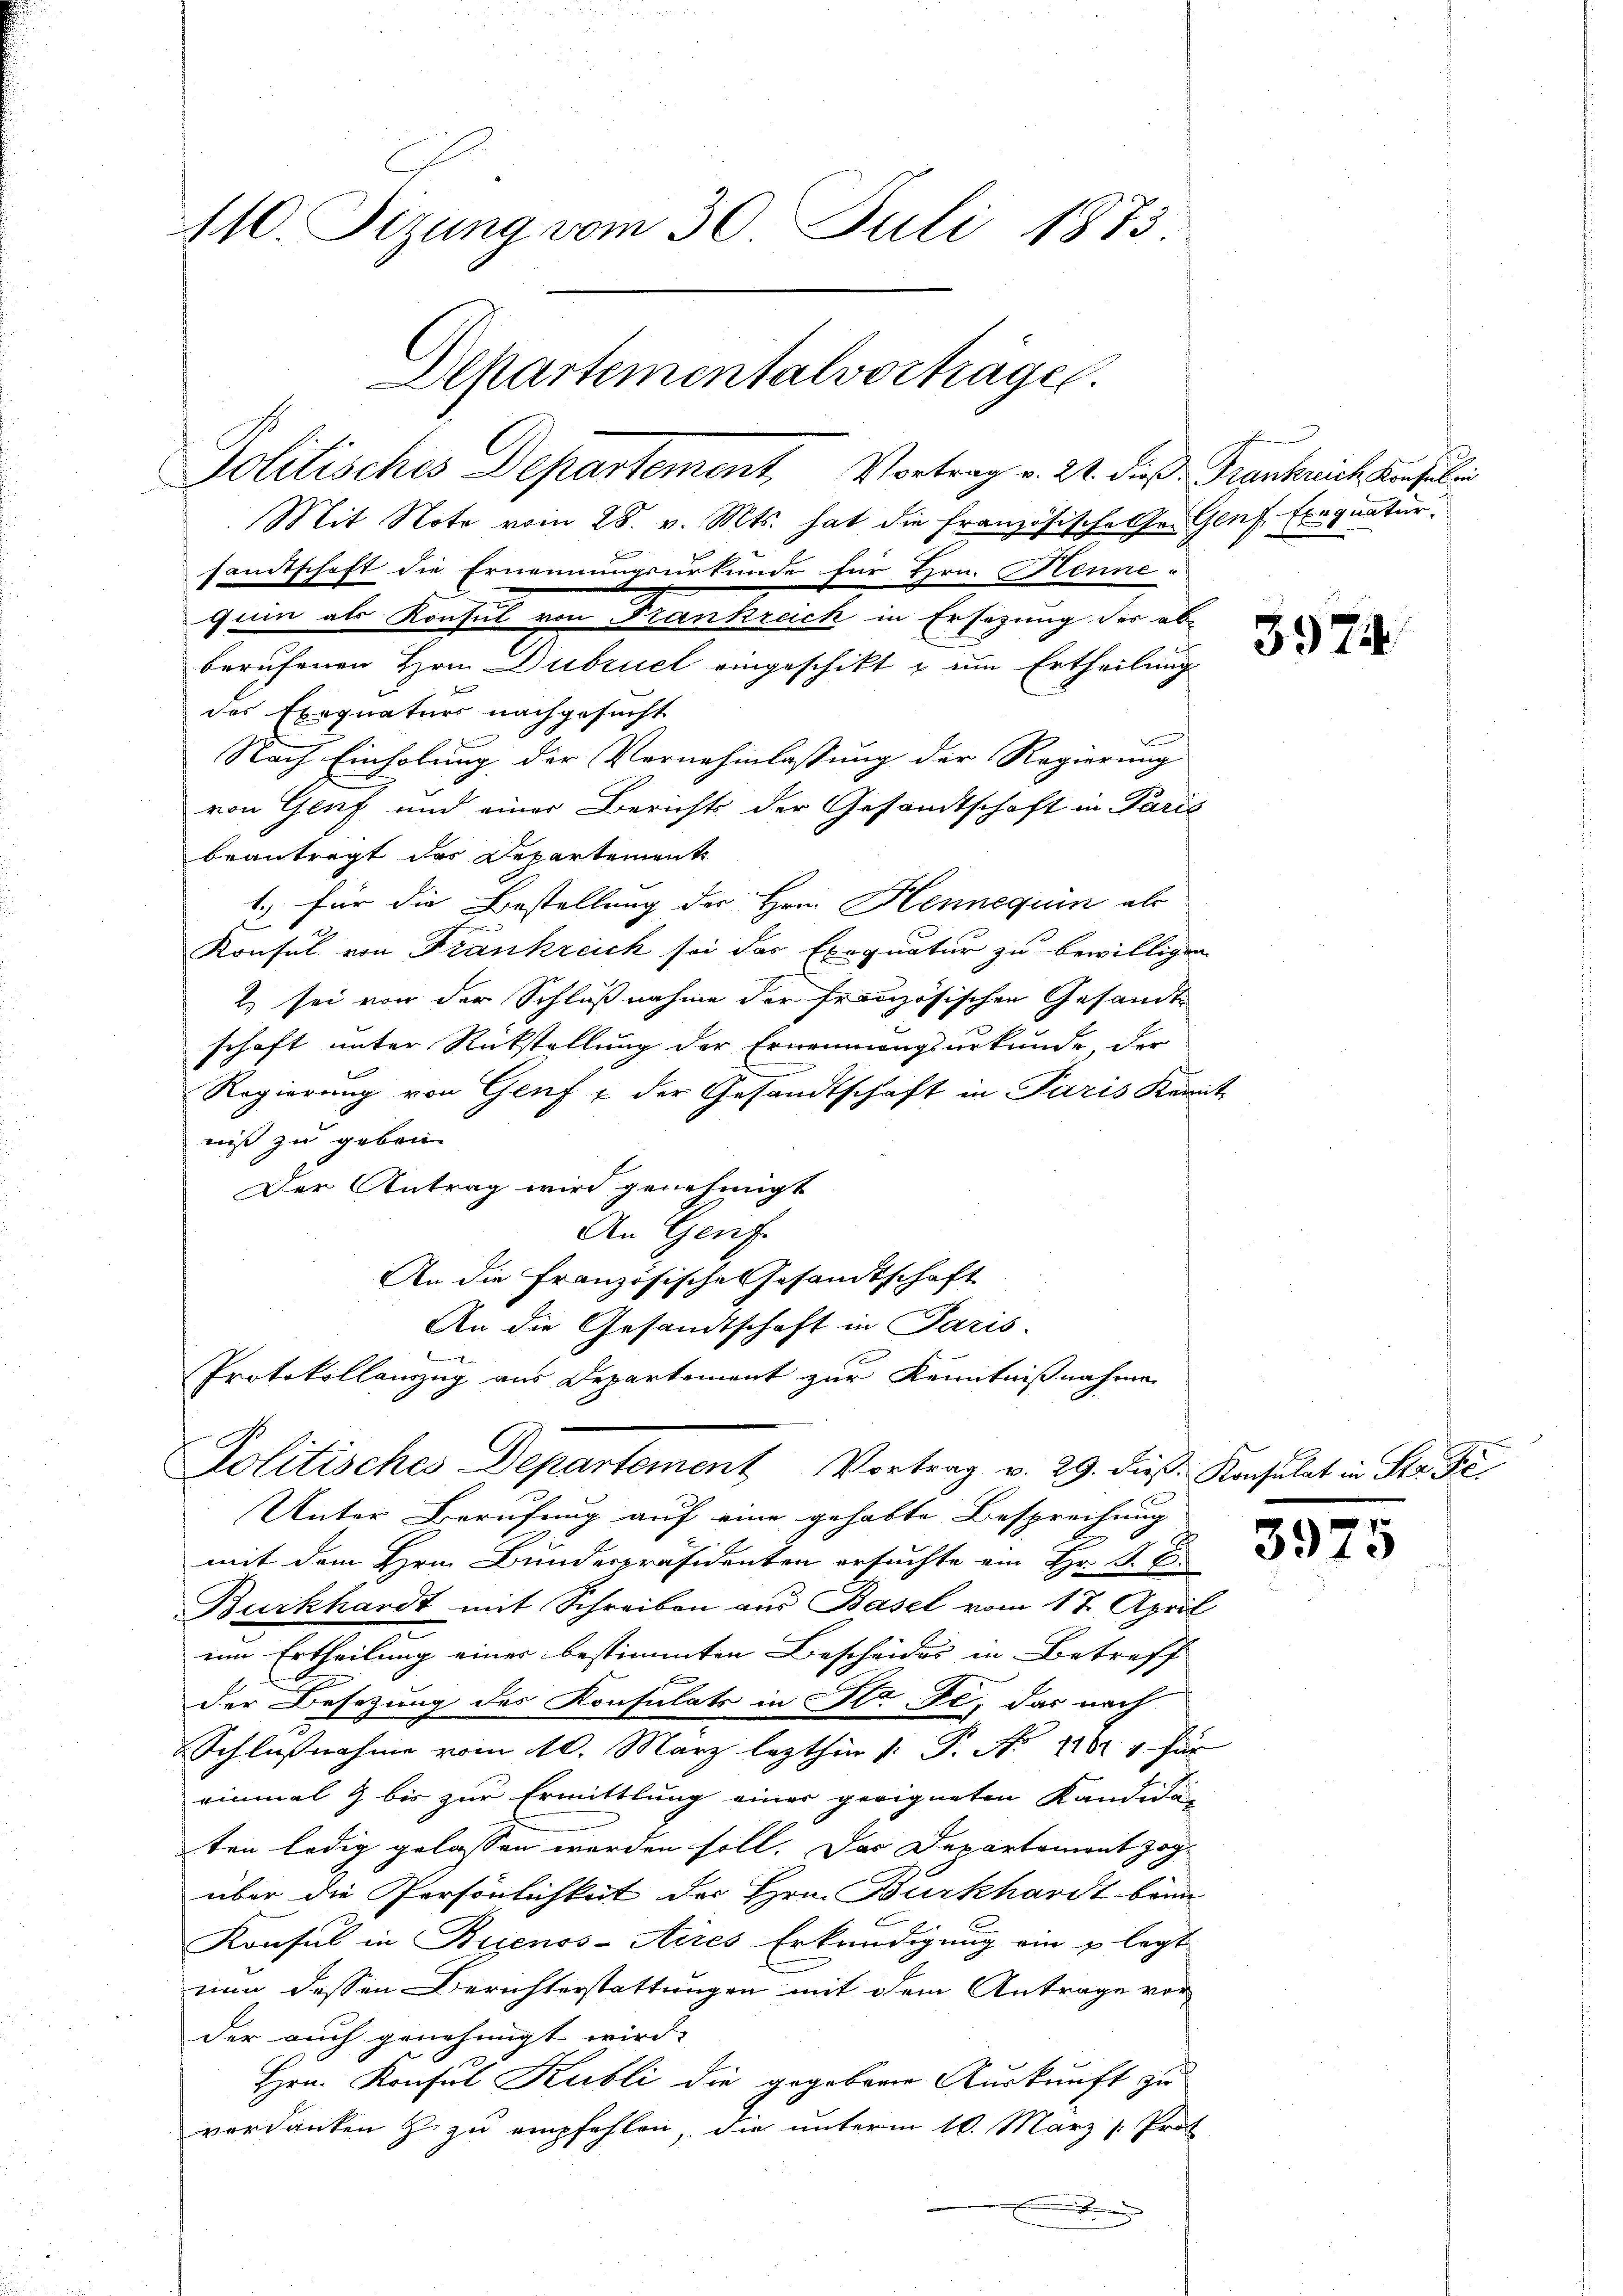
110. Sizung vom 30. Juli 1873.

Departementalvortragen.

quin als Konsul von Frankreich in Ersezung der ab-
berufenen Hrn. Dubruck eingeschikt & um Ertheilung
des Exequaturs nachgesucht
Nach Einholung der Vornehmlassung der Regierung
von Genf und einer Berichts der Gesandtschaft in Paris
beantragt das Departement
1.) für die Bestellung der Hrn. Hennequin als
2
Konsul von Frankreich sei das Exequatur zu bewilligen
2) sei von der Schlußnahme der französischen Gesandte
schaft unter Rückstellung der Ernennungsurkunde der
Regierung von Genf & der Gesandtschaft in Paris Kennt-
niß zu geben.
Der Antrag wird genehmigt
An Genf.
An die Französische Gesandtschaft
An die Gesandtschaft in Paris.
Protokollanzug aus Departement zur Kenntnißnahmen
Politisches Departement Vortrag v. 29. dieβ. Konsulat in Str. Fi¬
Unter Berufung auf eine gehabte Besprechung |
.
mit dem Hrn. Bunderpräsidenten ersuchte ein Hr. R. E
Burkhardt mit Schreiben aus Basel vom 17. April
um Ertheilung einer bestimmten Bescheides in Betreff
u
der Besetzung des Konsulats in Str. Fe, das nach
Schlussnahme vom 10. März lezthin 1. P. No 1104 für
einmal 2 bis zur Ermittlung einer geeigneten Kandida
ten ledig gelassen werden soll. Das Departemont zog
über die Persönlichkeit der Hrn. Burkhardt beim
Konsul in Buenos-Aires Erkundigung ein u legt
nun dessen Berichterstattungen mit dem Antrage vor
der auch genehmigt wird.
Hrn. Konsul Kubli die gegebene Auskunft zu
verdanken z zu empfehlen, die unterm 10. März [ Prof

Politisches Departement, Vortrag v. 24. dies Frankreich Konsuli
Mit Note vom 28. v. Mts. hat die französische hr. Genf Exequatur.

samtschaft die Ernennungsurkunde für Hrn. Henne-

3974

3975